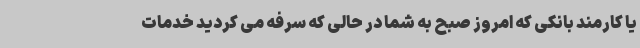
یا کارمند بانکی که امروز صبح به شما در حالی که سرفه می کردید خدمات